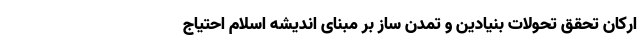
ارکان تحقق تحولات بنیادین و تمدن ساز بر مبنای اندیشه اسلام احتیاج